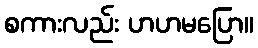
စကားလည်း ဟဟမပြော။